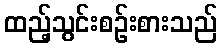
ထည့်သွင်းစဉ်းစားသည်